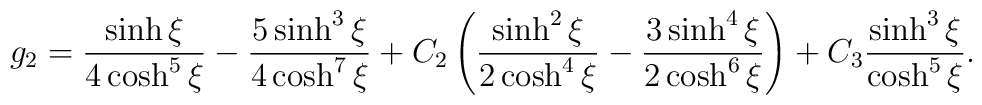
g_2 = \frac{\sinh \xi }{4 \cosh^5 \xi} - \frac{5 \sinh^3 \xi}{4\cosh^7 \xi} + C_2 \left( \frac{\sinh ^2 \xi }{2 \cosh^4 \xi} -\frac{3 \sinh^4 \xi}{2 \cosh^6 \xi} \right) + C_3 \frac{\sinh ^3\xi }{\cosh^5 \xi} .